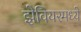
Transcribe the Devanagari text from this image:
झेवियरमध्ये